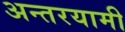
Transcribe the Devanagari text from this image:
अन्‍तरयामी